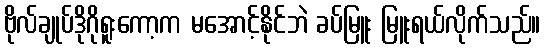
ဗိုလ်ချုပ်ဒိုဂိုရူးကော့က မအောင့်နိုင်ဘဲ ခပ်မြူး မြူးရယ်လိုက်သည်။